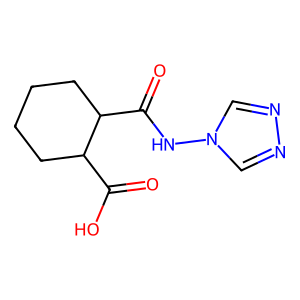
SMILES: O=C(O)C1CCCCC1C(=O)Nn1cnnc1
Inhibits HIV replication: No